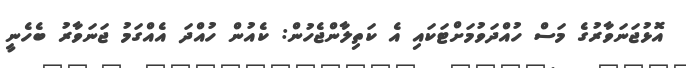
އޮޅުޖަނަވާރުގެ މަސް ހުއްދަވުމަށްޓަކައި އެ ކަތިލާންޖެހުން: ކެއުން ހުއްދަ އެއްގަމު ޖަނަވާރު ބެހެނީ